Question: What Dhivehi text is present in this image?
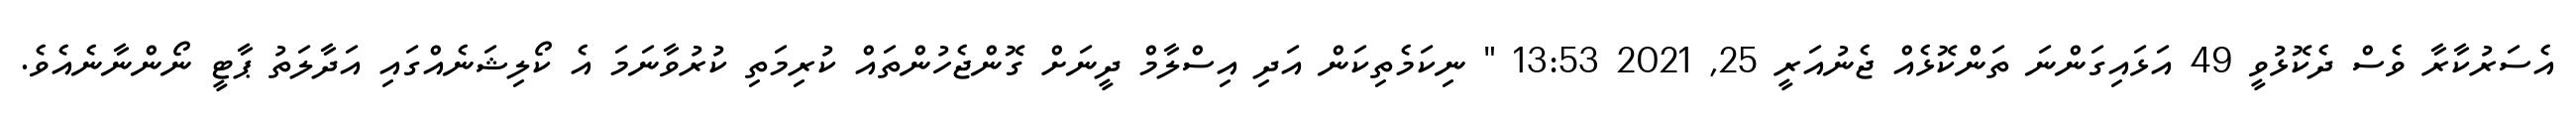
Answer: އެސަރުކާރާ ވެސް ދެކޮޅުވީ 49 އަޅައިގަންނަ ތަންކޮޅެއް ޖެނުއަރީ 25, 2021 13:53 " ނިކަމެތިކަން އަދި އިސްލާމް ދީނަށް ގޮންޖެހުންތައް ކުރިމަތި ކުރުވާނަމަ އެ ކޯލިޝަނެއްގައި އަދާލަތު ޕާޓީ ނޯންނާނެއެވެ.